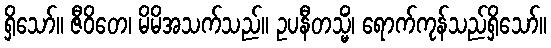
ရှိသော်။ ဇီဝိတေ၊ မိမိအသက်သည်။ ဥပနီတသ္မိံ၊ ရောက်ကုန်သည်ရှိသော်။